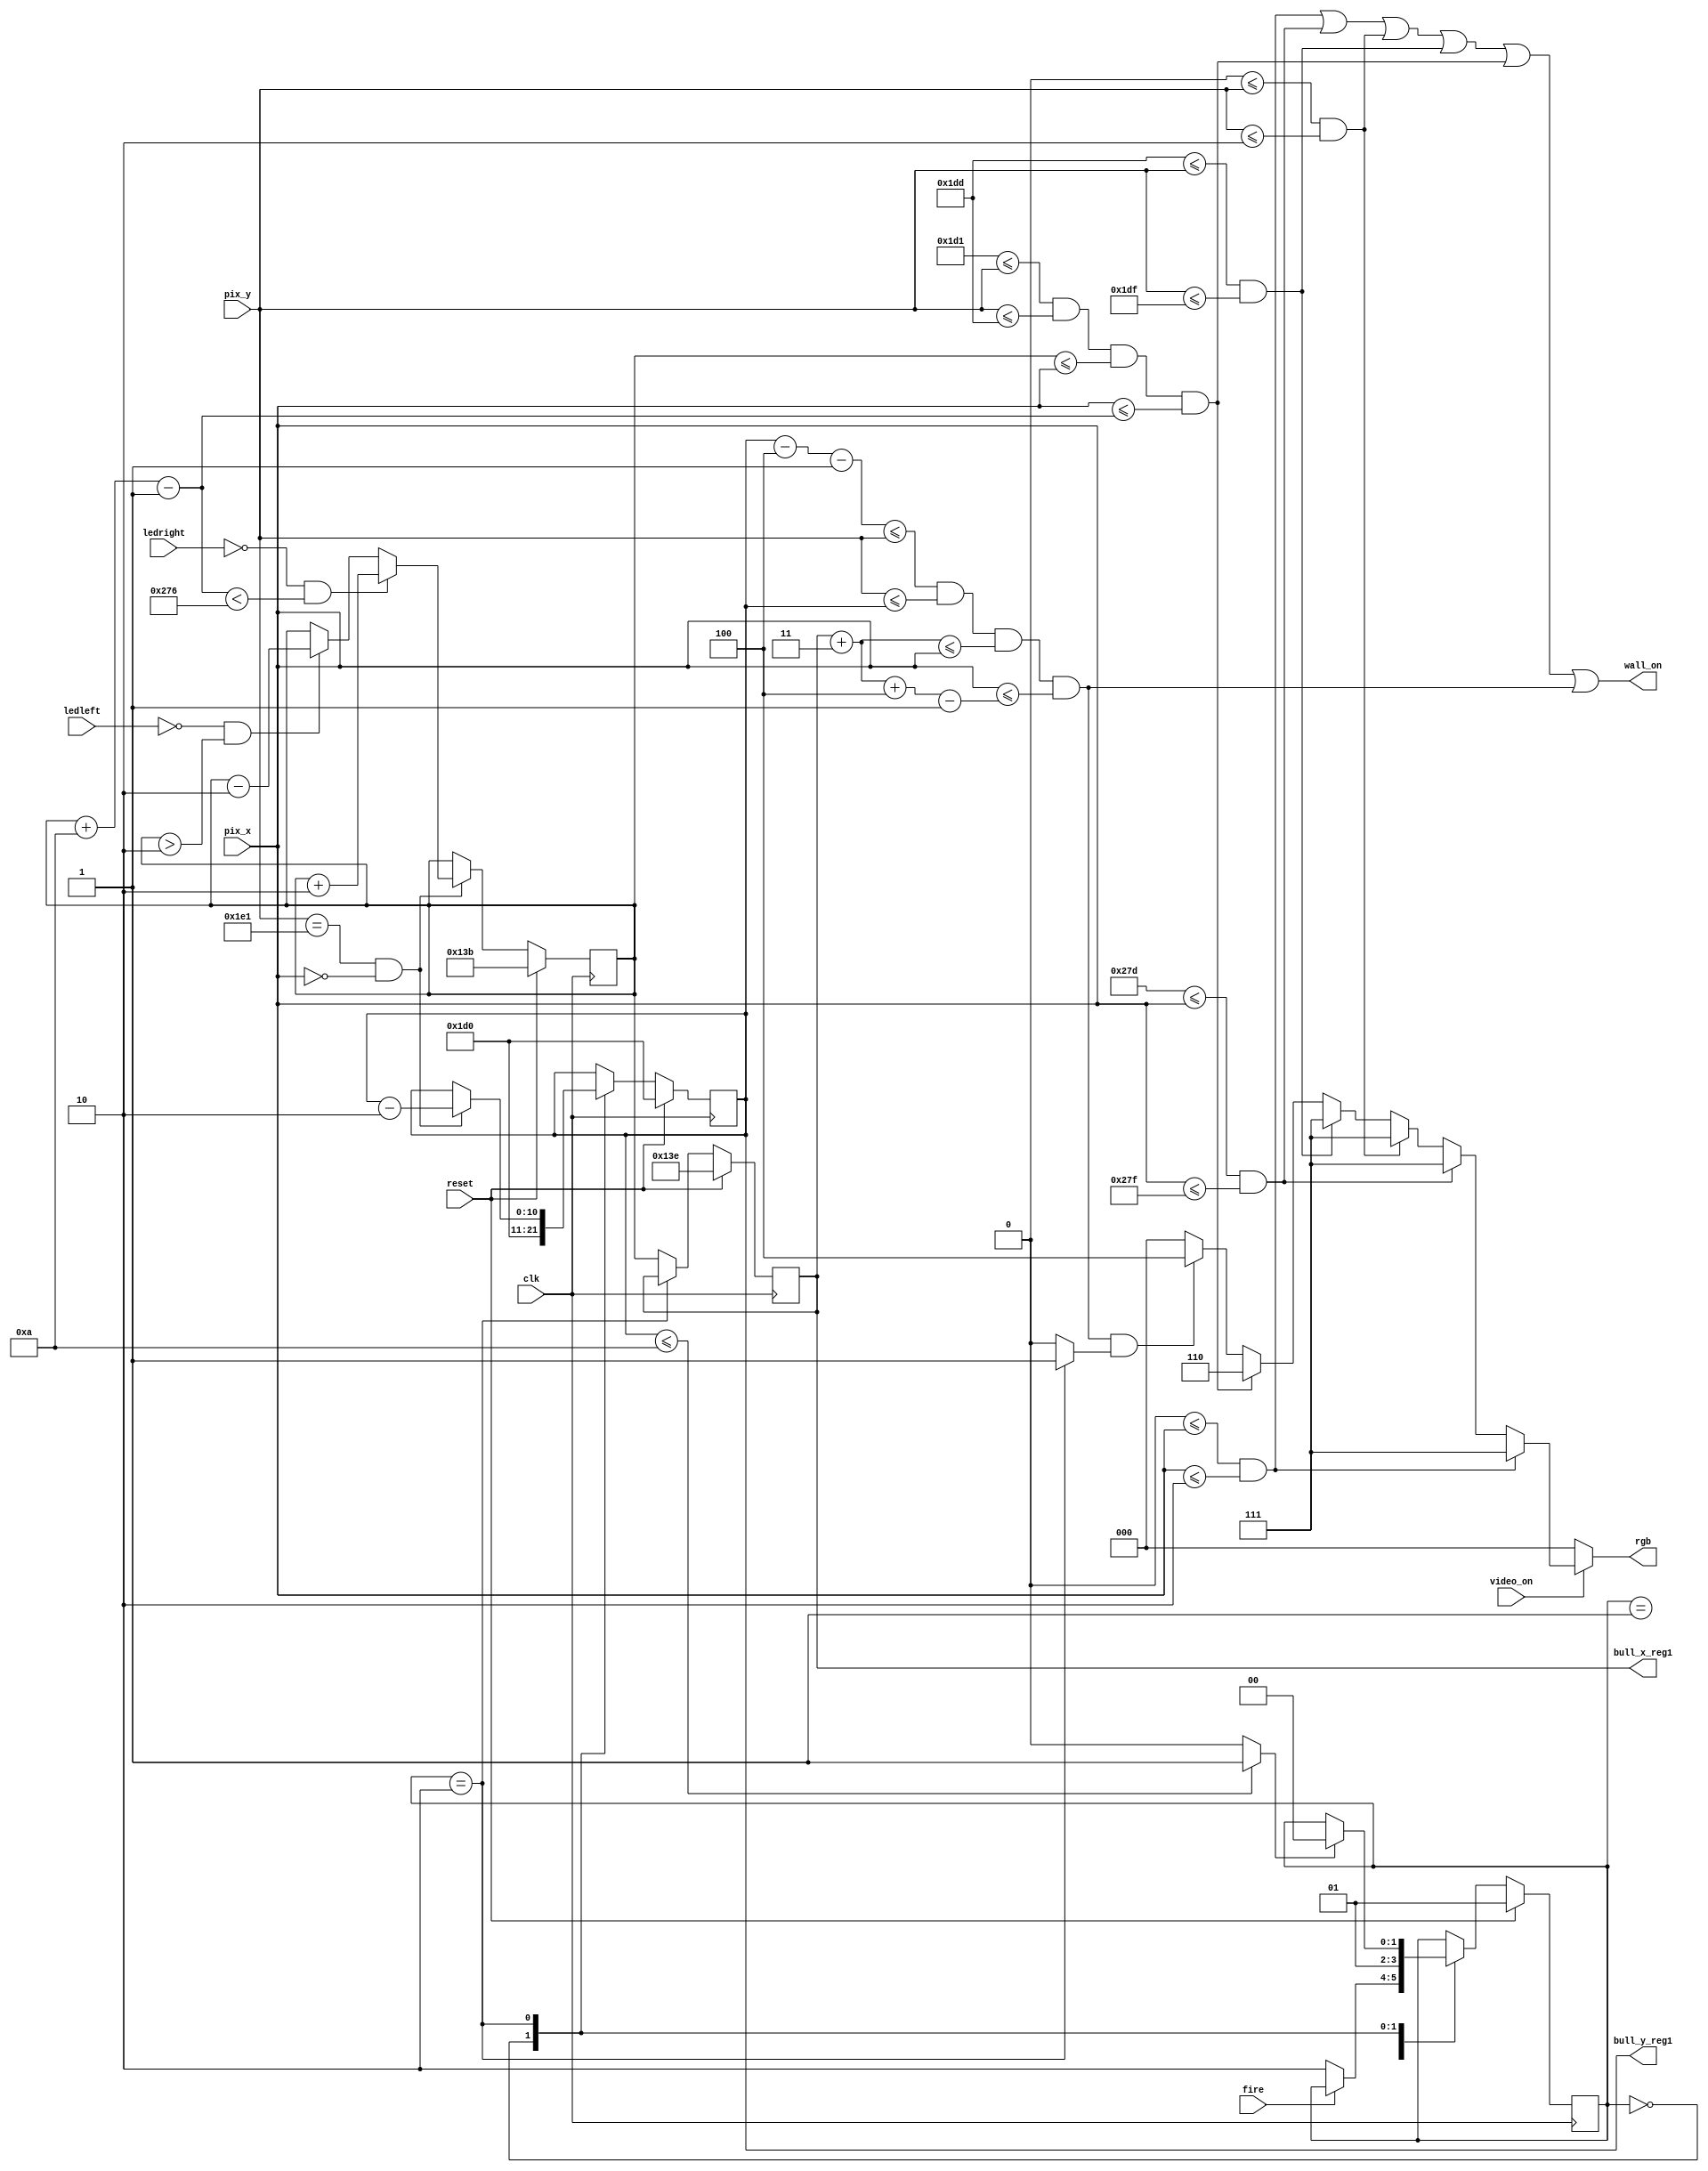
module wall
  (
    input wire video_on,
    input wire reset,
    input clk,
    input wire [10:0] pix_x, pix_y,
    input wire ledleft, ledright, fire,
    output reg [2:0] rgb,
    output wire wall_on,
    output [10:0] bull_x_reg1, bull_y_reg1
    );
  	//State machine
  	localparam [1:0] reset_s = 2'b00, idle = 2'b01, shoot = 2'b10;
    //Screen constraints
    localparam MAX_X = 640;
    localparam MAX_Y = 480;
    //Left Wall constraints
    localparam LWALL_L = 0;
    localparam LWALL_R = 2;
    //Right Wall contraints
    localparam RWALL_L = 637;
    localparam RWALL_R = 639;
    //Top Wall constraints
    localparam TWALL_L = 0;
    localparam TWALL_R = 2;
    //Bottom Wall constraints
    localparam BWALL_L = 477;
    localparam BWALL_R = 479;
    //Ball constraints
    localparam BALL_T = 465;
    localparam BALL_B = 477;
    localparam BALL_SIZE = 10;
    localparam BALL_V = 2;
    //Bullet constraints
    localparam BULL_T = BALL_T - 1;
    localparam BULL_SIZE = 4;
    localparam BULL_V = 2;

    wire lwall, rwall, twall, bwall, ball, bull;
    wire [2:0] lrgb, rrgb, trgb, brgb, ballrgb, bullrgb;
    //Player animation
    wire frame_tick;
    wire [10:0] ball_x_l, ball_x_r;
    reg [10:0] ball_x_reg, ball_x_next;
    //Bullet animation
    wire [10:0] bull_x_l, bull_x_r, bull_y_t, bull_y_b;
    reg [1:0] bull_state_next, bull_state_reg;
    reg [10:0] bull_x_reg, bull_y_reg;
    reg [10:0] bull_x_next, bull_y_next;
    wire d_collision;
    reg bull_show;                           

    assign lwall = (LWALL_L<=pix_x) && (pix_x<=LWALL_R);
    assign rwall = (RWALL_L<=pix_x) && (pix_x<=RWALL_R);
    assign twall = (TWALL_L<=pix_y) && (pix_y<=TWALL_R);
    assign bwall = (BWALL_L<=pix_y) && (pix_y<=BWALL_R);
    //Player animation
    assign frame_tick = (pix_y==11'd481) && (pix_x==11'd0);
    assign ball_x_l = ball_x_reg;
    assign ball_x_r = ball_x_l + BALL_SIZE - 1;
    assign  ball = (BALL_T<=pix_y) && (pix_y<=BALL_B) && (ball_x_l<=pix_x) && (pix_x<=ball_x_r);
    //Bullet animation
    assign bull_x_l =  bull_x_reg + 3;
    assign bull_x_r = bull_x_l + BULL_SIZE - 1;
    assign bull_y_b = bull_y_reg;
    assign bull_y_t = bull_y_b - BULL_SIZE - 1;
    assign bull = (bull_y_t<=pix_y) && (pix_y<=bull_y_b) && (bull_x_l<=pix_x) && (pix_x<=bull_x_r);
    assign wall_on = lwall | rwall | twall | bwall | ball | bull; //Control signal of wall module
    assign bull_x_reg1 = bull_x_reg;
    assign bull_y_reg1 = bull_y_reg;

    //BALL Animation
    always @(*)
    begin
    	if (frame_tick)
    		if( (~ledright) && (ball_x_r < MAX_X - BALL_SIZE) )
    			ball_x_next = ball_x_reg + BALL_V;
    		else if( (~ledleft) && (ball_x_l > BALL_V) )
    			ball_x_next = ball_x_reg - BALL_V;
    		else
    			ball_x_next = ball_x_reg;
    	else
    		ball_x_next = ball_x_reg;
    end

    always @(posedge clk)
        if(reset)
        begin
            ball_x_reg <= 315;
        end
        else if(frame_tick)
        begin
            ball_x_reg <= ball_x_next;
        end
    //BULL Animation
    always @(posedge clk)
        if(reset)           bull_state_reg <= idle;
        else                bull_state_reg <= bull_state_next;

    always @(posedge clk)
        if(reset)           bull_x_reg <= 318;
        else                bull_x_reg <= bull_x_next;

    always @(posedge clk)
        if(reset)           bull_y_reg <= BULL_T;
        else                bull_y_reg <= bull_y_next;

    assign d_collision = (bull_y_reg <= 10)?1'b1:1'b0;
    
    always @*
    begin
        bull_state_next = bull_state_reg;
        bull_x_next = ball_x_l;
        bull_y_next = bull_y_reg;
        case(bull_state_reg)
            idle:
            begin
                if(~fire)
                    bull_state_next = shoot;
                    bull_show = 1'b0;
            end
            reset_s:
            begin
                bull_y_next = BULL_T;
                bull_state_next = idle;
                bull_show = 1'b0;
            end
            shoot:
            begin
                bull_x_next = bull_x_reg;
                bull_y_next = (frame_tick)? bull_y_reg - BULL_V : bull_y_reg;
                bull_show = 1'b1;
                if(d_collision)
                    bull_state_next = reset_s;
            end
            default:
            begin
                bull_show = 1'b0;
                bull_state_next = bull_state_reg;
                bull_x_next = ball_x_l;
                bull_y_next = bull_y_reg;
            end
        endcase
    end

    assign ballrgb = 3'b110;
    assign bullrgb = 3'b100;
    assign lrgb = 3'b111;
    assign rrgb = 3'b111;
    assign trgb = 3'b111;
    assign brgb = 3'b111;

    always @*
    	if(~video_on)
    		rgb = 3'b000;
    	else if(lwall)
    			rgb = lrgb;
    	else if(rwall)
    			rgb = rrgb;
    	else if(twall)
    			rgb = trgb;
    	else if(bwall)
    			rgb = brgb;
    	else if(ball)
    			rgb = ballrgb;
    	else if(bull && bull_show)// && ~fire)
    		begin
    			rgb = bullrgb;
    		end
    	else
    	 	rgb = 3'b000;

endmodule